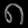
Digit: ၈